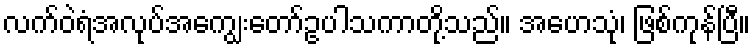
လက်ဝဲရံအလုပ်အကျွေးတော်ဥပါသကာတို့သည်။ အဟေသုံ၊ ဖြစ်ကုန်ပြီ။